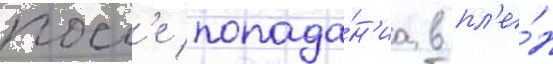
посл'е попада́н'иа в пл'е́н